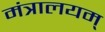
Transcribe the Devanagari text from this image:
मंत्रालयम्